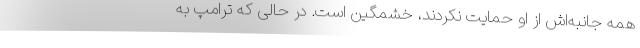
همه‌ جانبه‌اش از او حمایت نکردند، خشمگین است. در حالی که ترامپ به